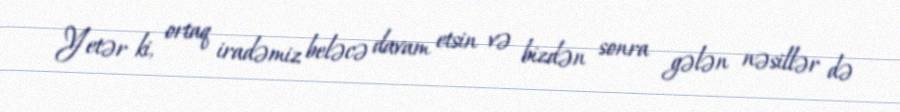
Yetər ki, ortaq iradəmiz beləcə davam etsin və bizdən sonra gələn nəsillər də